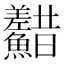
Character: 𩽫